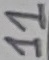
Text: 11